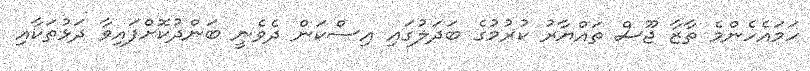
ހަމައެހެންމެ ތާޒާ ޖޫސް ތައްޔާރު ކުރުމުގެ ބަދަލުގައި އިސްކަން ދެވެނީ ބަންދުކޮށްފައިވާ ދަޅުތަކާއި